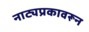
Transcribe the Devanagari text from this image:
नाट्यप्रकावरून